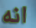
انه